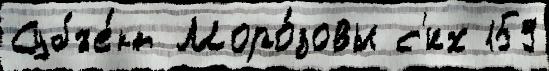
Субъе́кт Моро́зовы с'их 159